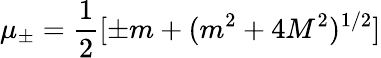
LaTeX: \mu_{\pm}=\frac{1}{2}[\pm m+(m^{2}+4M^{2})^{1/2}]